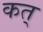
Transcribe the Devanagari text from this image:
कत्